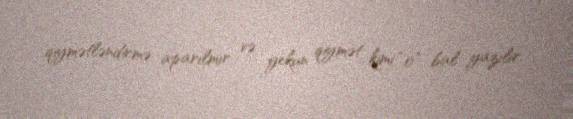
qiymətləndirmə aparılmır və yekun qiymət kimi “0” bal yazılır.